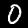
Label: 0